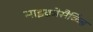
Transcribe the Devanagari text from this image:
माइक्रोसैकिंड